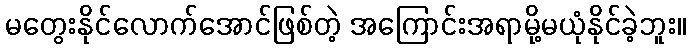
မတွေးနိုင်လောက်အောင်ဖြစ်တဲ့ အကြောင်းအရာမို့မယုံနိုင်ခဲ့ဘူး။